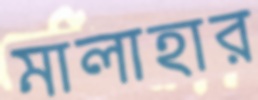
মালাহার